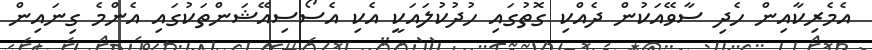
އެމެރިކާއިން ހެދި ސާވޭއަކުން ދެއްކި ގޮތުގައި ހުދުކުލައަކީ އެކި އެސޯސިއޭޝަންތަކުގައި އެންމެ ގިނައިން